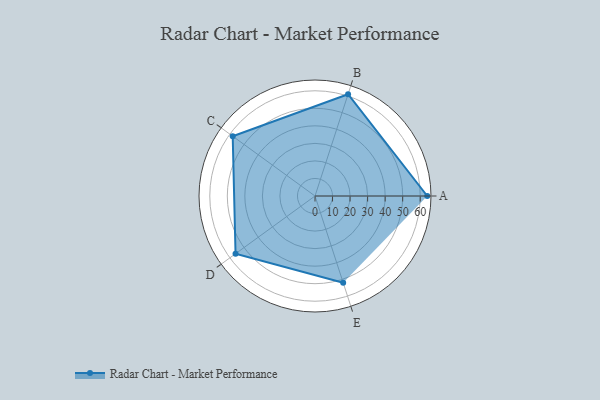
{"axis": {"x": "Skill", "y": "Score"}, "legend": ["Profile"], "data": [{"x": "A", "y": 64.0, "type": "Profile"}, {"x": "B", "y": 61.0, "type": "Profile"}, {"x": "C", "y": 58.0, "type": "Profile"}, {"x": "D", "y": 56.0, "type": "Profile"}, {"x": "E", "y": 52.0, "type": "Profile"}]}